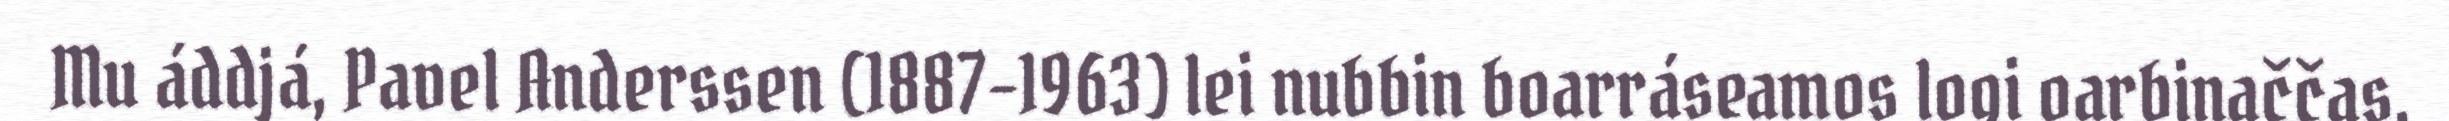
Mu áddjá, Pavel Anderssen (1887–1963) lei nubbin boarráseamos logi oarbinaččas.